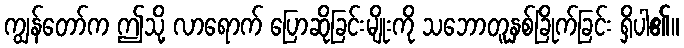
ကျွန်တော်က ဤသို့ လာရောက် ပြောဆိုခြင်းမျိုးကို သဘောတူနှစ်ခြိုက်ခြင်း ရှိပါ၏။